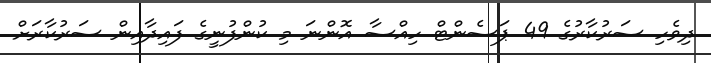
ދިވެހި ސަރުކާރުގެ 49 ޕަސެންޓް ހިއްސާ އޮންނަ މި ކުންފުނީގެ ފައިދާއިން ސަރުކާރަށް